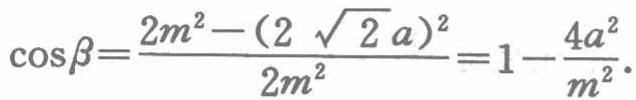
\(\cos\beta=\frac{2m^{2}-(2\sqrt{2}a)^{2}}{2m^{2}} = 1-\frac{4a^{2}}{m^{2}}.\)